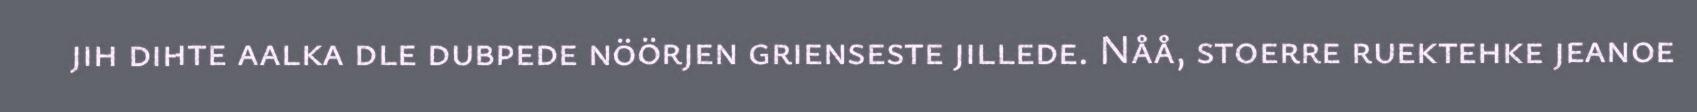
jih dihte aalka dle dubpede nöörjen grienseste jillede. Nåå, stoerre ruektehke jeanoe